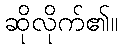
ဆိုလိုက်၏။